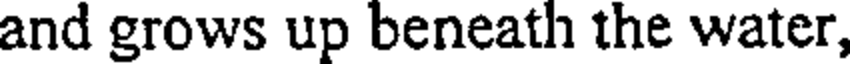
and grows up beneath the water,